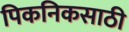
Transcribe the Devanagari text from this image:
पिकनिकसाठी